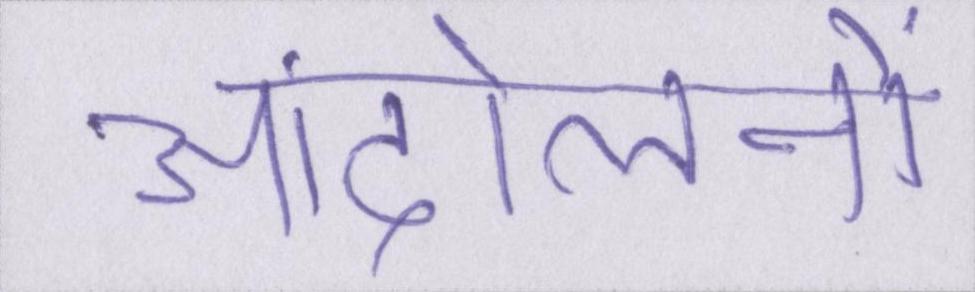
आंदोलनों